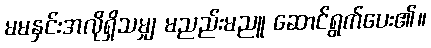
မမနှင်းအလိုရှိသမျှ မညည်းမညူ ဆောင်ရွက်ပေး၏။